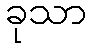
ခုသာ